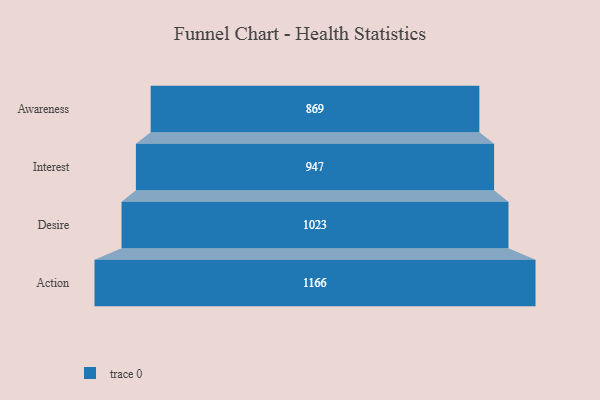
{"axis": {"x": "Stage", "y": "Value"}, "legend": [""], "data": [{"x": "Awareness", "y": 869.0, "type": ""}, {"x": "Interest", "y": 947.0, "type": ""}, {"x": "Desire", "y": 1023.0, "type": ""}, {"x": "Action", "y": 1166.0, "type": ""}]}